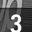
Digit: 3